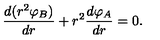
\frac { d ( r ^ { 2 } { \varphi } _ { B } ) } { d r } + r ^ { 2 } \frac { d \varphi _ { A } } { d r } = 0 .